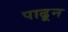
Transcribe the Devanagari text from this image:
पाढून